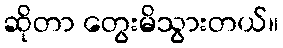
ဆိုတာ တွေးမိသွားတယ်။